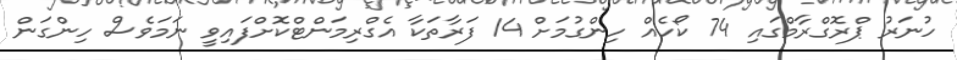
ހުނަރު ޕްރޮގްރާމްގައި 74 ކޯހެއް ހިންގުމަށް 14 ފަރާތަކާ އެގްރިމަންޓްކޮށްފައިވީ ނަމަވެސް ހިންގަން